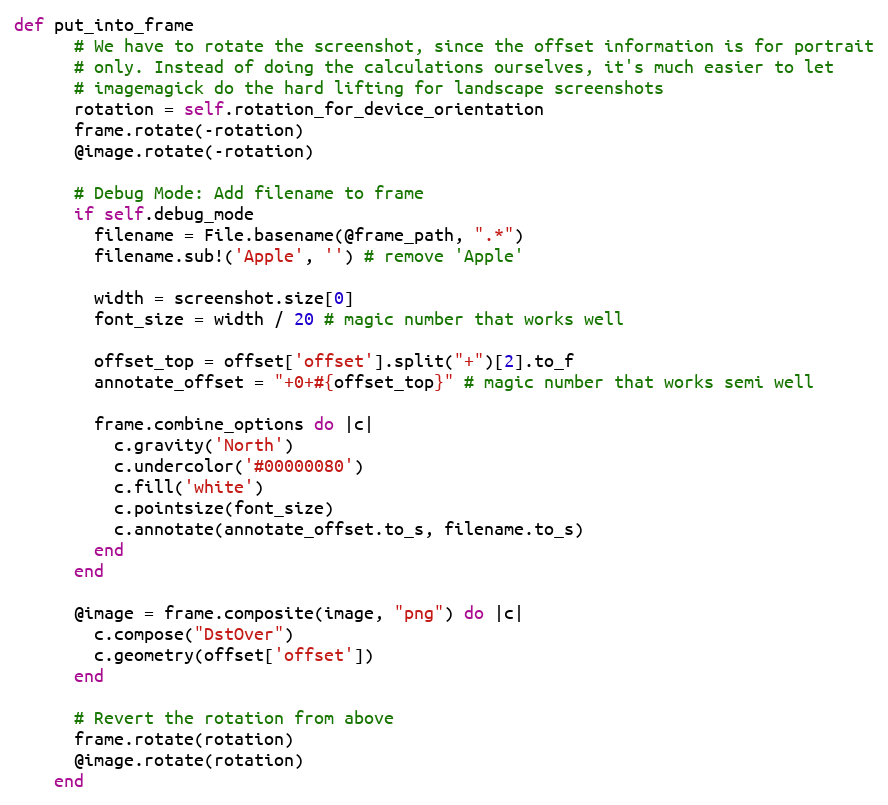
Language: Ruby
def put_into_frame
      # We have to rotate the screenshot, since the offset information is for portrait
      # only. Instead of doing the calculations ourselves, it's much easier to let
      # imagemagick do the hard lifting for landscape screenshots
      rotation = self.rotation_for_device_orientation
      frame.rotate(-rotation)
      @image.rotate(-rotation)

      # Debug Mode: Add filename to frame
      if self.debug_mode
        filename = File.basename(@frame_path, ".*")
        filename.sub!('Apple', '') # remove 'Apple'

        width = screenshot.size[0]
        font_size = width / 20 # magic number that works well

        offset_top = offset['offset'].split("+")[2].to_f
        annotate_offset = "+0+#{offset_top}" # magic number that works semi well

        frame.combine_options do |c|
          c.gravity('North')
          c.undercolor('#00000080')
          c.fill('white')
          c.pointsize(font_size)
          c.annotate(annotate_offset.to_s, filename.to_s)
        end
      end

      @image = frame.composite(image, "png") do |c|
        c.compose("DstOver")
        c.geometry(offset['offset'])
      end

      # Revert the rotation from above
      frame.rotate(rotation)
      @image.rotate(rotation)
    end